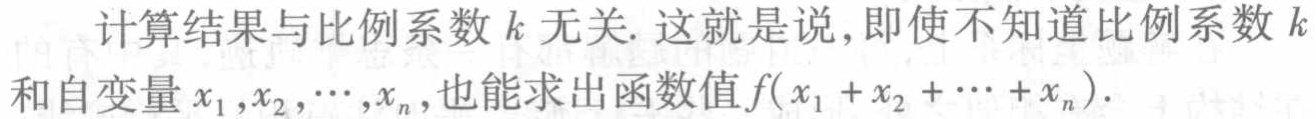
计算结果与比例系数\(k\)无关. 这就是说,即使不知道比例系数\(k\)和自变量\(x_{1},x_{2},\cdots,x_{n}\),也能求出函数值\(f(x_{1}+x_{2}+\cdots +x_{n})\).